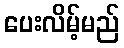
ပေးလိမ့်မည်